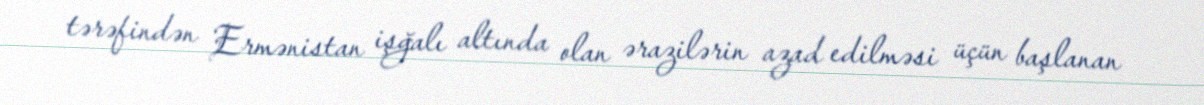
tərəfindən Ermənistan işğalı altında olan ərazilərin azad edilməsi üçün başlanan